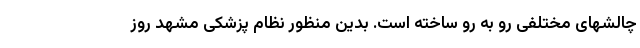
چالشهای مختلفی رو به رو ساخته است. بدین منظور نظام پزشکی مشهد روز